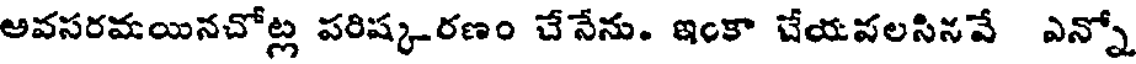
అవసరమయినచోట్ల పరిష్కరణం చేనేను. ఇంకా చేయపలసినవే ఎన్నో